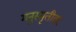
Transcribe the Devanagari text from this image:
मनुस्मृतीवर